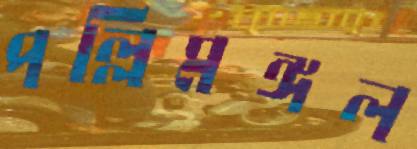
পল্লিমঙ্গল